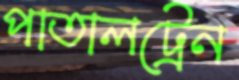
পাতালট্রেন